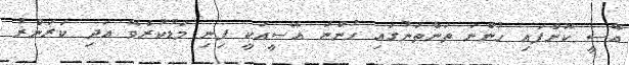
އޭސީ ކޮށްފައި ހުންނަ ތަންތަނުގައި ހުންނަ އޭސީއަކީ ފިނި މަޑުކުރެވޭ އަދި ކަރަންޜު